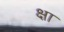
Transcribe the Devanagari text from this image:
क्षा